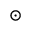
\odot